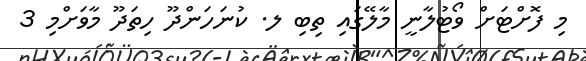
މި ފޮށްޓަށް ވޯޓުލާނީ މާލޭގައި ތިބި ލ. ކުނަހަންދޫ ހިތަދޫ މާވަށްމި 3